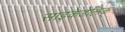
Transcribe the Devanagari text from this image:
साइकेडेलिक्